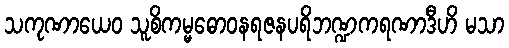
သကုဏာယေဝ သူစိကမ္မဓောဝနရဇနပရိဘဏ္ဍကရဏာဒီဟိ မသာ